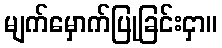
မျက်မှောက်ပြုခြင်းငှာ။